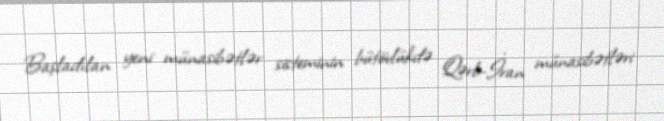
Başladılan yeni münasibətlər sisteminin bütövlükdə Qərb-İran münasibətləri